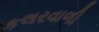
કલરવાળી